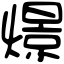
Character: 燝